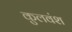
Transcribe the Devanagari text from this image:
कुलवंश